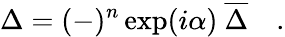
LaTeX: \Delta=(-)^{n}\exp(i\alpha)\ {\overline{{{\Delta}}}}\quad.